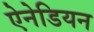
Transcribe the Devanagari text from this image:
ऐनेडियन